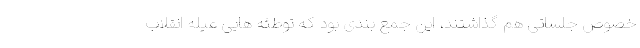
خصوص جلساتی هم گذاشتند، این جمع بندی بود که توطئه هایی عیله انقلاب